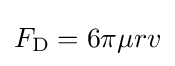
F_{\text{D}}=6\pi \mu rv